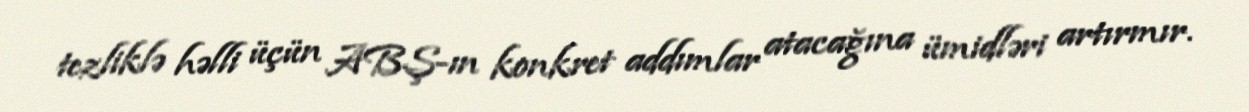
tezliklə həlli üçün ABŞ-ın konkret addımlar atacağına ümidləri artırmır.